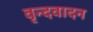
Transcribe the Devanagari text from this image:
वृन्दवादन